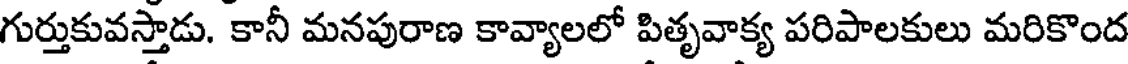
గుర్తుకువస్తాడు. కానీ మనపురాణ కావ్యాలలో పితృవాక్య పరిపాలకులు మరికొంద